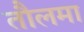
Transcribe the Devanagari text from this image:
तौलमा